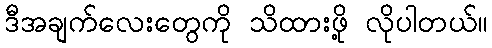
ဒီအချက်လေးတွေကို သိထားဖို့ လိုပါတယ်။